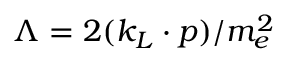
\Lambda = 2 ( k _ { L } \cdot p ) / m _ { e } ^ { 2 }